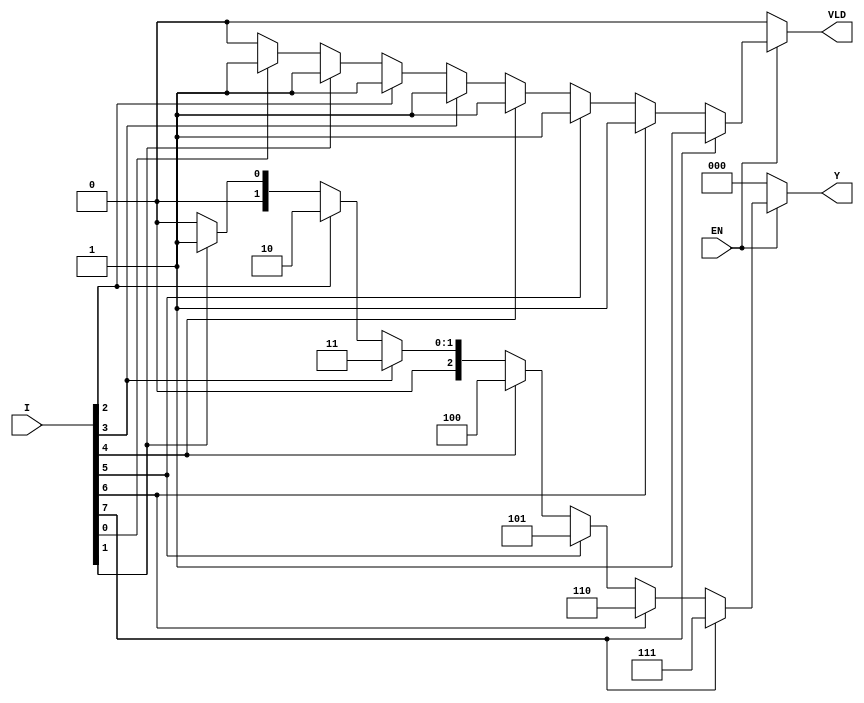
module priority_encoder (
    input wire [7:0] I,   // 8 input lines
    input wire EN,        // Enable signal
    output reg [2:0] Y,   // 3-bit output for the encoded value
    output reg VLD        // Output valid signal
);

    always @(*) begin
        if (!EN) begin
            // If enable is low, set output to default state
            Y = 3'b000; // Default output
            VLD = 1'b0; // Output is not valid
        end else begin
            // Default output
            Y = 3'b000; 
            VLD = 1'b0; // Assume output is not valid initially
            
            // Check inputs in order of priority (I0 to I7)
            if (I[7]) begin
                Y = 3'b111; // Highest priority input I7
                VLD = 1'b1; // Valid output
            end else if (I[6]) begin
                Y = 3'b110; // I6
                VLD = 1'b1; // Valid output
            end else if (I[5]) begin
                Y = 3'b101; // I5
                VLD = 1'b1; // Valid output
            end else if (I[4]) begin
                Y = 3'b100; // I4
                VLD = 1'b1; // Valid output
            end else if (I[3]) begin
                Y = 3'b011; // I3
                VLD = 1'b1; // Valid output
            end else if (I[2]) begin
                Y = 3'b010; // I2
                VLD = 1'b1; // Valid output
            end else if (I[1]) begin
                Y = 3'b001; // I1
                VLD = 1'b1; // Valid output
            end else if (I[0]) begin
                Y = 3'b000; // I0
                VLD = 1'b1; // Valid output
            end
        end
    end

endmodule